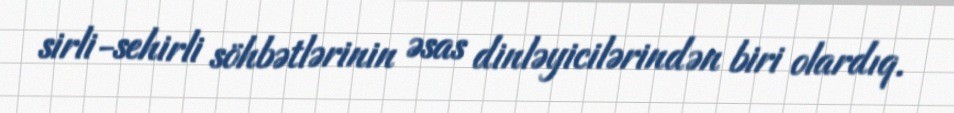
sirli-sehirli söhbətlərinin əsas dinləyicilərindən biri olardıq.